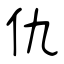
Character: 仇